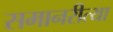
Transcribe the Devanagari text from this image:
समानरीत्या